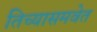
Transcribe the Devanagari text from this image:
तिच्यासमवेत